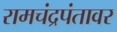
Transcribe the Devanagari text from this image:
रामचंद्रपंतावर